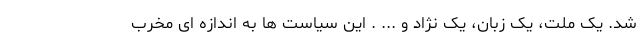
شد. یک ملت، یک زبان، یک نژاد و ... . این سیاست ها به اندازه ای مخرب